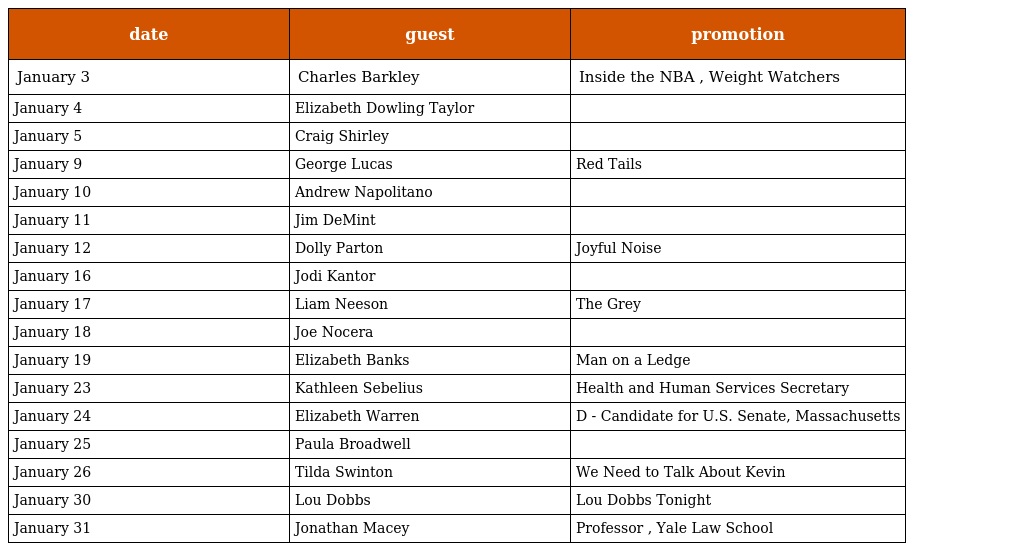
| date | guest | promotion |
 | --- | --- | --- |
 | January 3 | Charles Barkley | Inside the NBA , Weight Watchers |
 | January 4 | Elizabeth Dowling Taylor |  |
 | January 5 | Craig Shirley |  |
 | January 9 | George Lucas | Red Tails |
 | January 10 | Andrew Napolitano |  |
 | January 11 | Jim DeMint |  |
 | January 12 | Dolly Parton | Joyful Noise |
 | January 16 | Jodi Kantor |  |
 | January 17 | Liam Neeson | The Grey |
 | January 18 | Joe Nocera |  |
 | January 19 | Elizabeth Banks | Man on a Ledge |
 | January 23 | Kathleen Sebelius | Health and Human Services Secretary |
 | January 24 | Elizabeth Warren | D - Candidate for U.S. Senate, Massachusetts |
 | January 25 | Paula Broadwell |  |
 | January 26 | Tilda Swinton | We Need to Talk About Kevin |
 | January 30 | Lou Dobbs | Lou Dobbs Tonight |
 | January 31 | Jonathan Macey | Professor , Yale Law School |